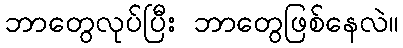
ဘာတွေလုပ်ပြီး ဘာတွေဖြစ်နေလဲ။